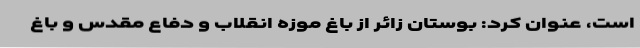
است، عنوان کرد: بوستان زائر از باغ موزه انقلاب و دفاع مقدس و باغ